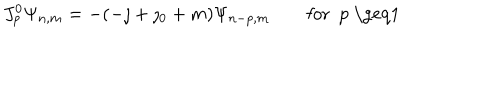
LaTeX: J _ { p } ^ { 0 } \Psi _ { n , m } = - ( - \jmath + \jmath _ { 0 } + m ) \Psi _ { n - p , m } \qquad \mathrm { f o r ~ p ~ \geq 1 ~ }